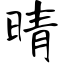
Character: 晴